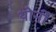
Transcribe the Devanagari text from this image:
थोर्नी